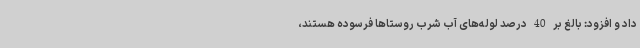
داد و افزود: بالغ بر 40 درصد لوله‌های آب شرب روستاها فرسوده هستند،